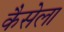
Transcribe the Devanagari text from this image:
कैसेला